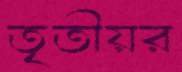
তৃতীয়র